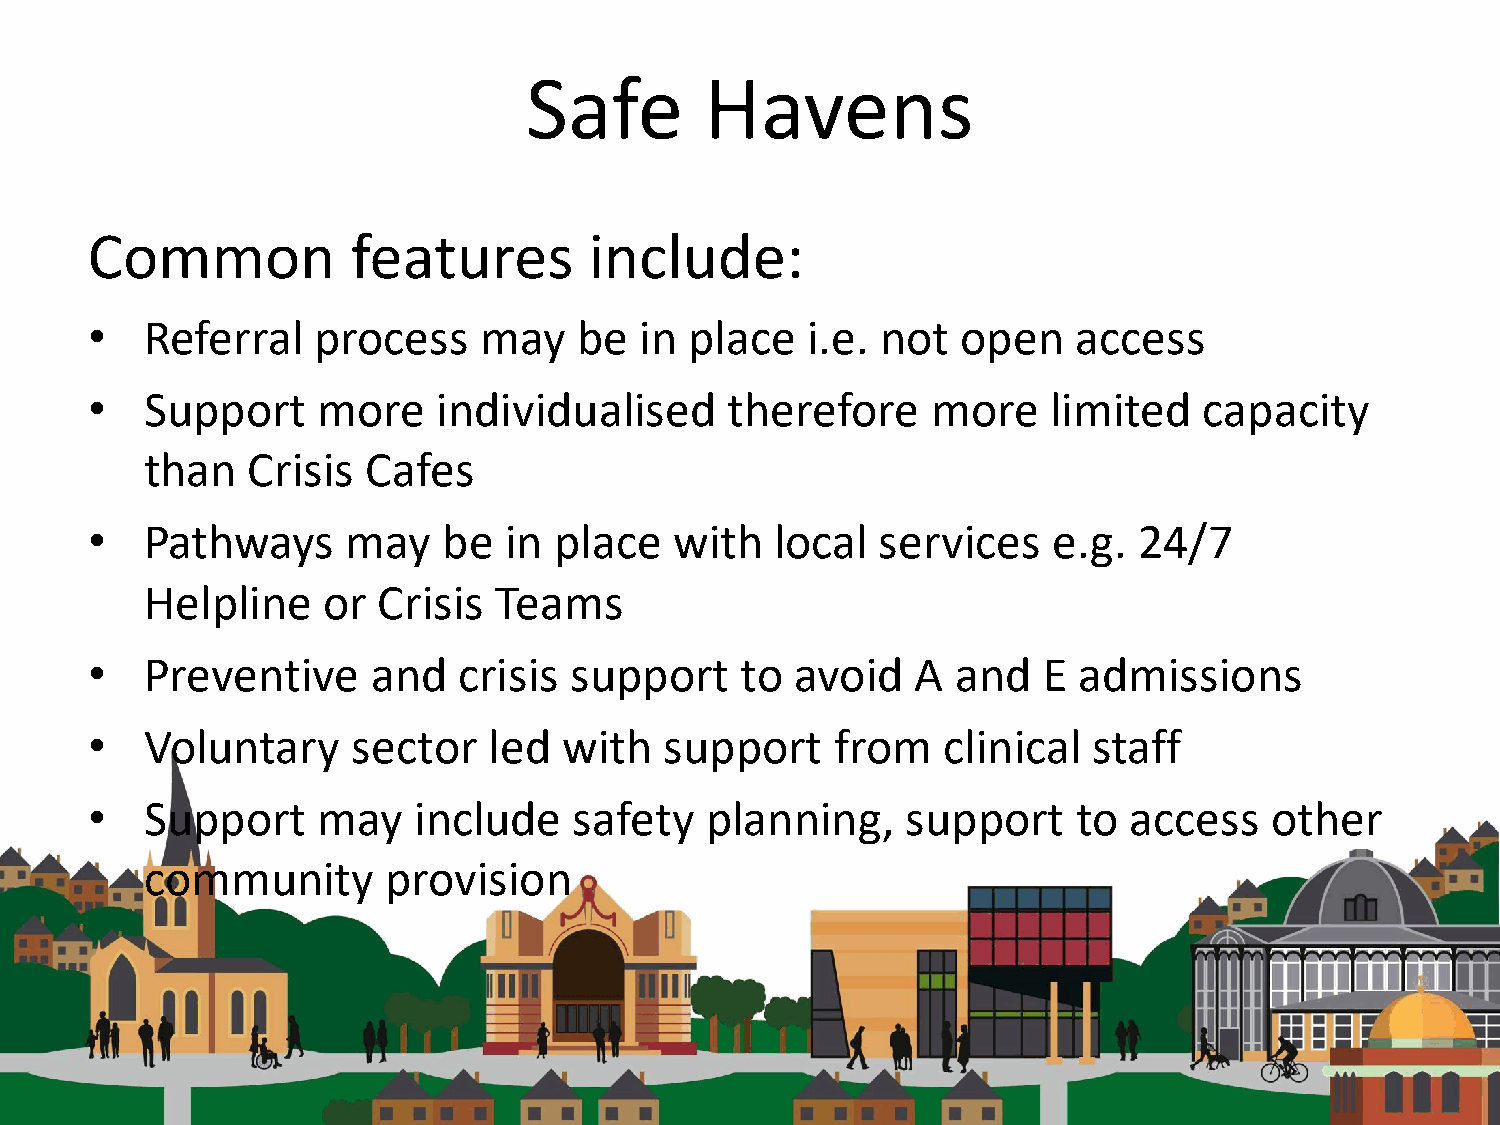
Safe        Havens
 Common           features        include:
 •   Referral   process    may   be  in  place  i.e. not   open   access
 •   Support    more    individualised     therefore     more   limited    capacity
 than  Crisis  Cafes
 •   Pathways     may   be  in  place   with  local  services    e.g. 24/7
 Helpline   or  Crisis  Teams
 •   Preventive     and  crisis  support    to  avoid   A and   E admissions
 •   Voluntary    sector   led  with   support    from   clinical  staff
 •   Support    may   include    safety   planning,    support    to  access   other
 community       provision